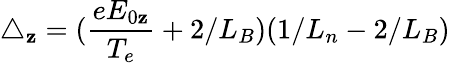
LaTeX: \triangle_{\mathbf{z}}=(\frac{{eE_{0\mathbf{z}}}}{{T_{e}}}+2/L_{B})(1/L_{n}-2/L_{B})